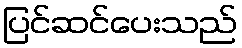
ပြင်ဆင်ပေးသည်